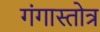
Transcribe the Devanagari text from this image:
गंगास्तोत्र